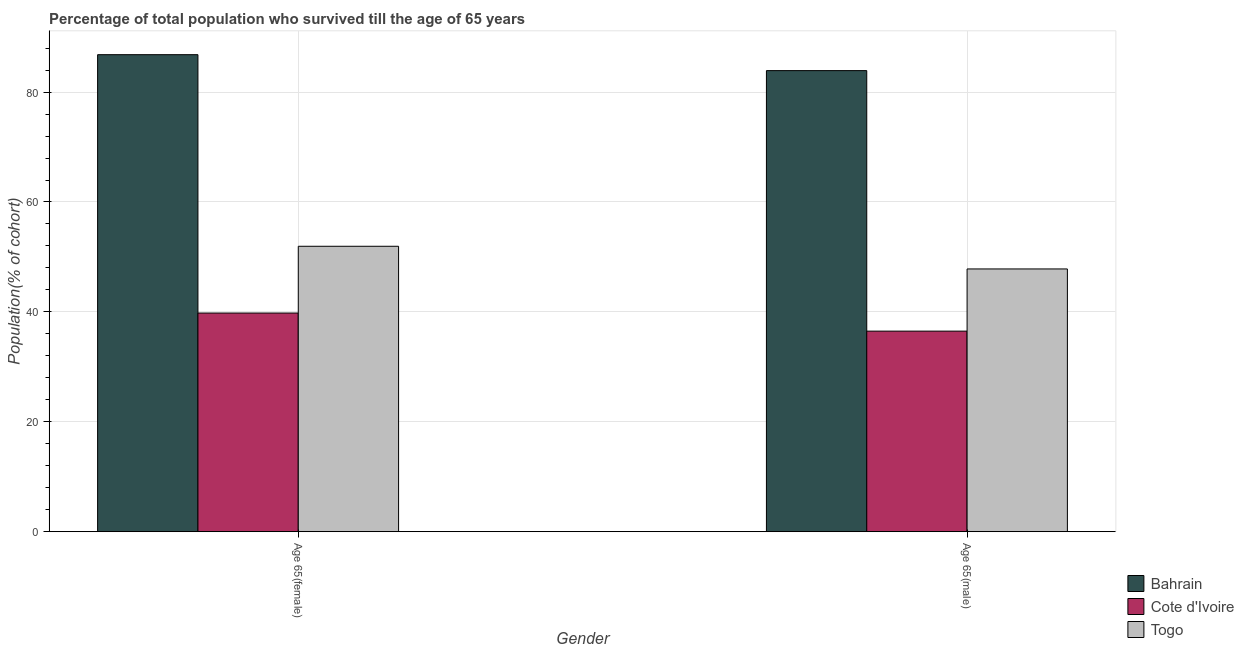
| Gender | Bahrain | Cote d'Ivoire | Togo |
 | --- | --- | --- | --- |
 | Age 65(female) | 86.8 | 39.8 | 51.9 |
 | Age 65(male) | 83.9 | 36.5 | 47.8 |